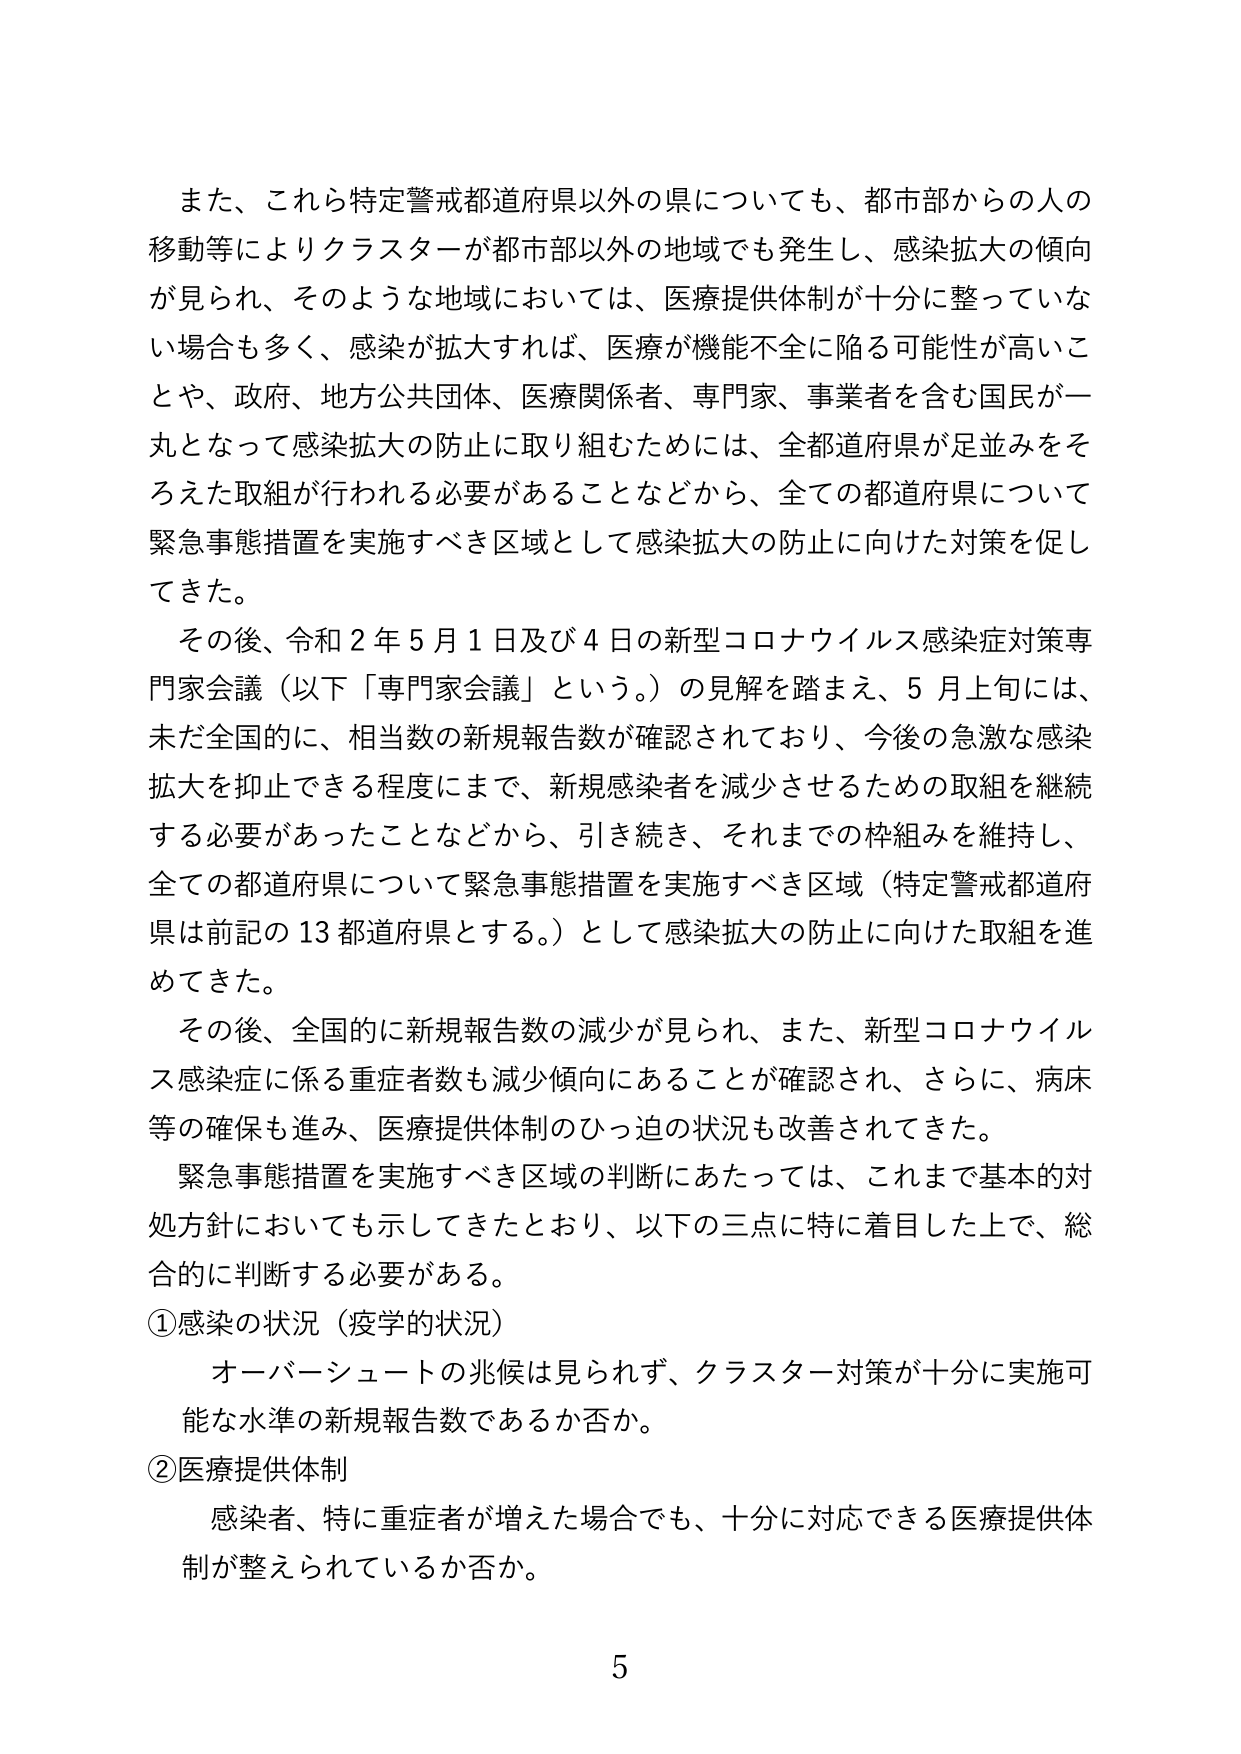
また、これら特定警戒都道府県以外の県についても、都市部からの人の移動等によりクラスターが都市部以外の地域でも発生し、感染拡大の傾向が見られ、そのような地域においては、医療提供体制が十分に整っていない場合も多く、感染が拡大すれば、医療が機能不全に陥る可能性が高いことや、政府、地方公共団体、医療関係者、専門家、事業者を含む国民が一丸となって感染拡大の防止に取り組むためには、全都道府県が足並みをそろえた取組が行われる必要があることなどから、全ての都道府県について緊急事態措置を実施すべき区域として感染拡大の防止に向けた対策を促してきた。

その後、令和２年５月１日及び４日の新型コロナウイルス感染症対策専門家会議（以下「専門家会議」という。）の見解を踏まえ、５月上旬には、未だ全国的に、相当数の新規報告数が確認されており、今後の急激な感染拡大を抑止できる程度にまで、新規感染者を減少させるための取組を継続する必要があったことなどから、引き続き、それまでの枠組みを維持し、全ての都道府県について緊急事態措置を実施すべき区域（特定警戒都道府県は前記の13都道府県とする。）として感染拡大の防止に向けた取組を進めてきた。

その後、全国的に新規報告数の減少が見られ、また、新型コロナウイルス感染症に係る重症者数も減少傾向にあることが確認され、さらに、病床等の確保も進み、医療提供体制のひっ迫の状況も改善されてきた。

緊急事態措置を実施すべき区域の判断にあたっては、これまで基本的対処方針においても示してきたとおり、以下の三点に特に着目した上で、総合的に判断する必要がある。

①感染の状況（疫学的状況）
　オーバーシュートの兆候は見られず、クラスター対策が十分に実施可能な水準の新規報告数であるか否か。

②医療提供体制
　感染者、特に重症者が増えた場合でも、十分に対応できる医療提供体制が整えられているか否か。

5